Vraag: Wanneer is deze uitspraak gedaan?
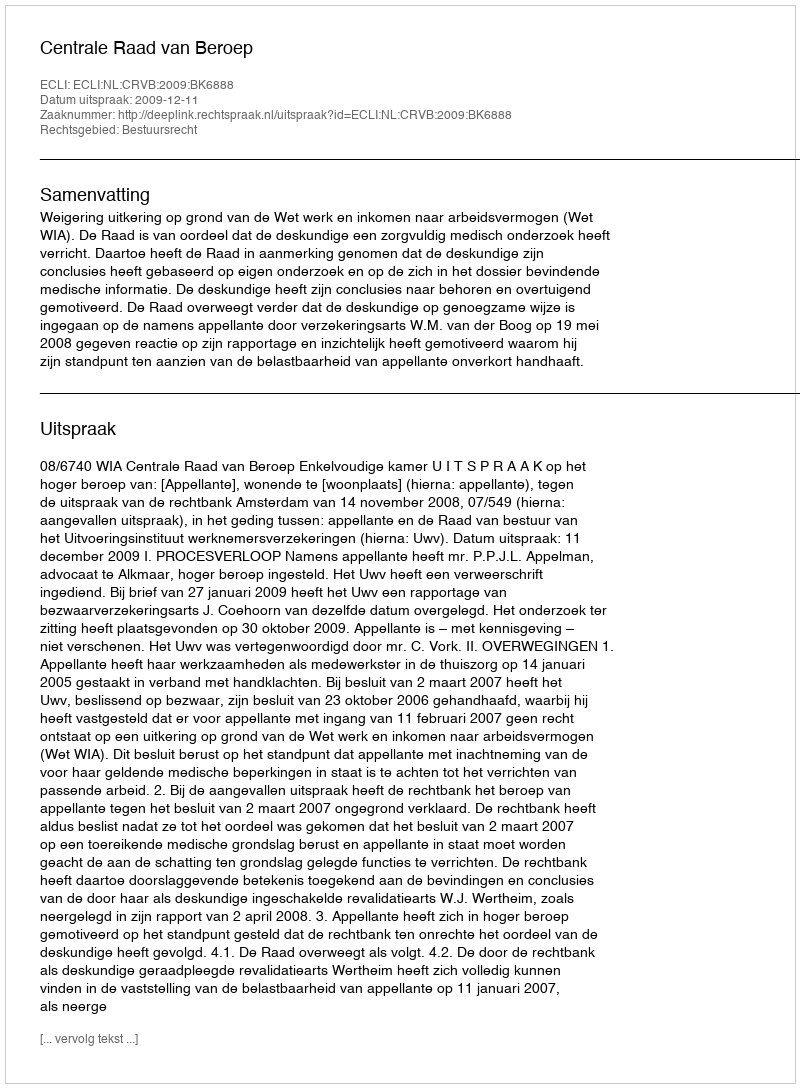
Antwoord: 2009-12-11